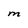
Character: M